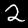
Label: 2